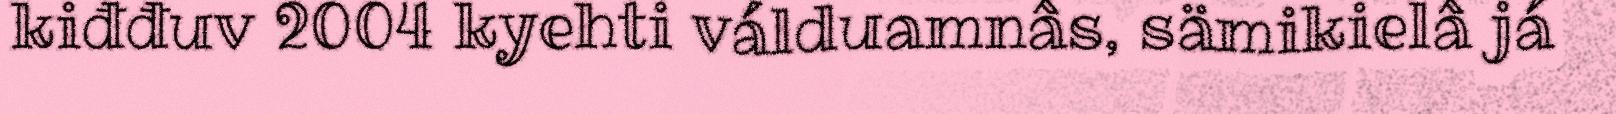
kiđđuv 2004 kyehti válduamnâs, sämikielâ já